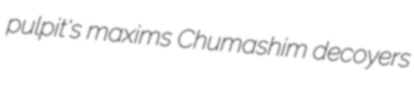
pulpit's maxims Chumashim decoyers